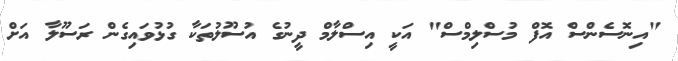
"އިނޮސެންސް އޮފް މުސްލިމްސް" އަކީ އިސްލާމް ދީނުގެ އުސޫލުތަކާ ގުޅުވައިގެން ރަސޫލާ އަށް